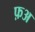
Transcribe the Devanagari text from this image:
फ़अ